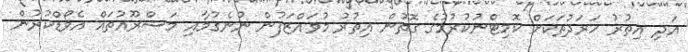
އަދި އިތުރު ހަރަދުތަކަށް ކޮމިޓްނުކުރުމުގެ ގޮތުން އިތުރު މުވައްޒަފުން ނުނެގުމާއި މަޝްރޫއުތައް އެވޯޑްކުރުން